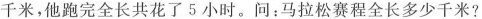
千米，他跑完全长共花了5小时。问：马拉松赛程全长多少千米?